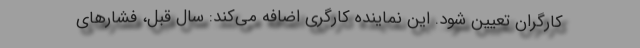
کارگران تعیین شود. این نماینده کارگری اضافه می‌کند: سال قبل، فشارهای